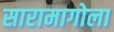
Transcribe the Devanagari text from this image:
सारामागोला